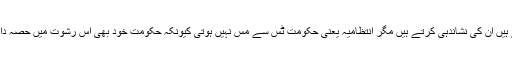
سپریم کورٹ تک ایسے رشوت خوروں کا ذکر کرتے ہیں ان کی نشاندہی کرتے ہیں مگر انتظامیہ یعنی حکومت ٹس سے مس نہیں ہوتی کیونکہ حکومت خود بھی اس رشوت میں حصہ دار ہوتی ہے اور وہ کسی ساتھی پر ہاتھ نہیں ڈال سکتی۔